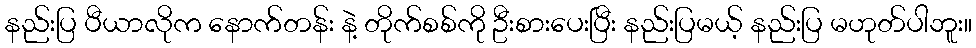
နည်းပြ ပီယာလိုက နောက်တန်း နဲ့ တိုက်စစ်ကို ဦးစားပေးပြီး နည်းပြမယ့် နည်းပြ မဟုတ်ပါဘူး။